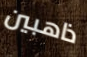
ذاهبين